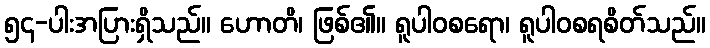
၅၄-ပါးအပြားရှိသည်။ ဟောတိ၊ ဖြစ်၏။ ရူပါဝစရော၊ ရူပါဝစရစိတ်သည်။